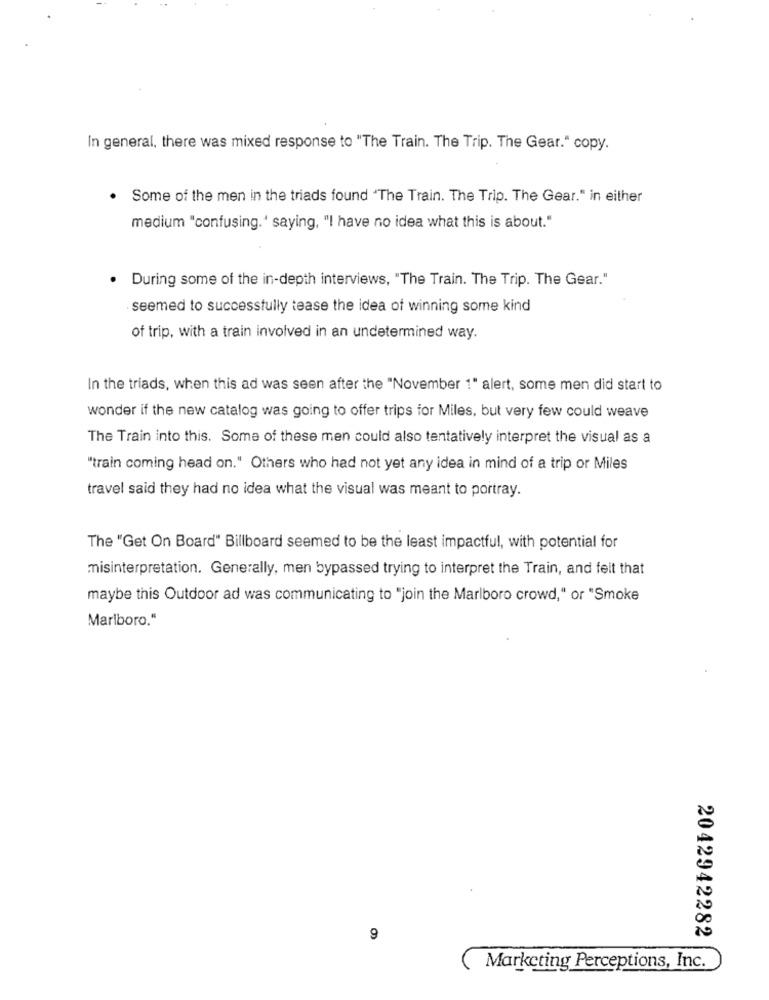
In general, there was mixed response to "The Train. The Trip. The Gear." copy.
Some of the men in the triads found "The Train. The Trip. The Gear." in either
medium "confusing.' saying, "I have no idea what this is about."
During some of the in-depth interviews, "The Train. The Trip. The Gear."
seemed to successfully tease the idea of winning some kind
of trip, with a train involved in an undetermined way.
In the triads, when this ad was seen after the "November 1" alert, some men did start to
wonder if the new catalog was going to offer trips for Miles, but very few could weave
The Train into this. Some of these men could also tentatively interpret the visual as a
"train coming head on." Others who had not yet any idea in mind of a trip or Miles
travel said they had no idea what the visual was meant to portray.
The "Get On Board" Billboard seemed to be the least impactful, with potential for
misinterpretation. Generally, men bypassed trying to interpret the Train, and felt that
maybe this Outdoor ad was communicating to "join the Marlboro crowd," or "Smoke
Marlboro.“
9
2042942282
Marketing Perceptions, Inc.